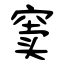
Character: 窦